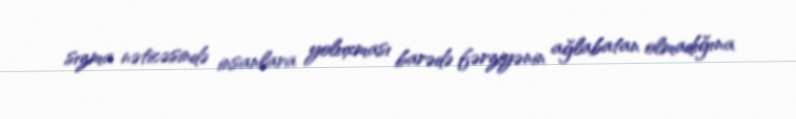
sızma nəticəsində insanlara yoluxması barədə fərziyənin ağlabatan olmadığına